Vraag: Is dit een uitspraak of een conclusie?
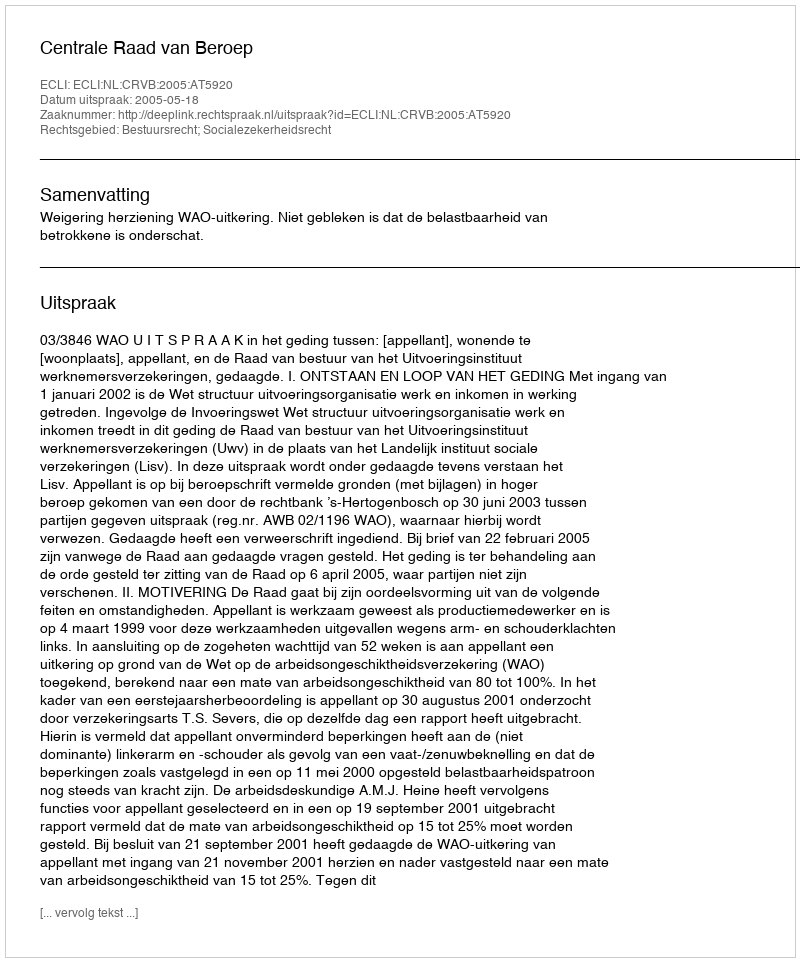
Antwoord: Uitspraak